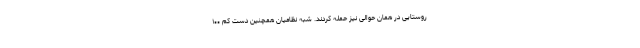
روستایی در همان حوالی نیز حمله کردند. شبه نظامیان همچنین دست کم ۱۰۰